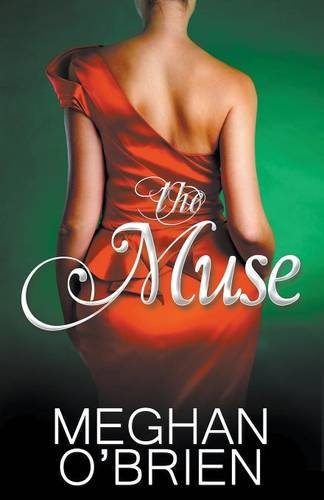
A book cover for The Muse; Meghan O'Brien; Romance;